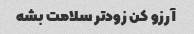
آرزو کن زودتر سلامت بشه